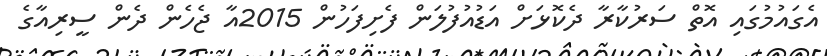
އެގައުމުގައި އޮތް ސަރުކާރާ ދެކޮޅަށް އަޑުއުފުލަން ފެށިފަހުން 2015އާ ޖެހެން ދެން ސީރިއާގެ